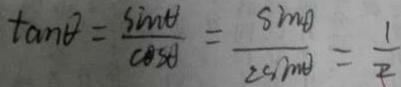
\tan \theta = \frac { \sin \theta } { \cos A } = \frac { \sin \theta } { 2 \sin \theta } = \frac { 1 } { 2 }